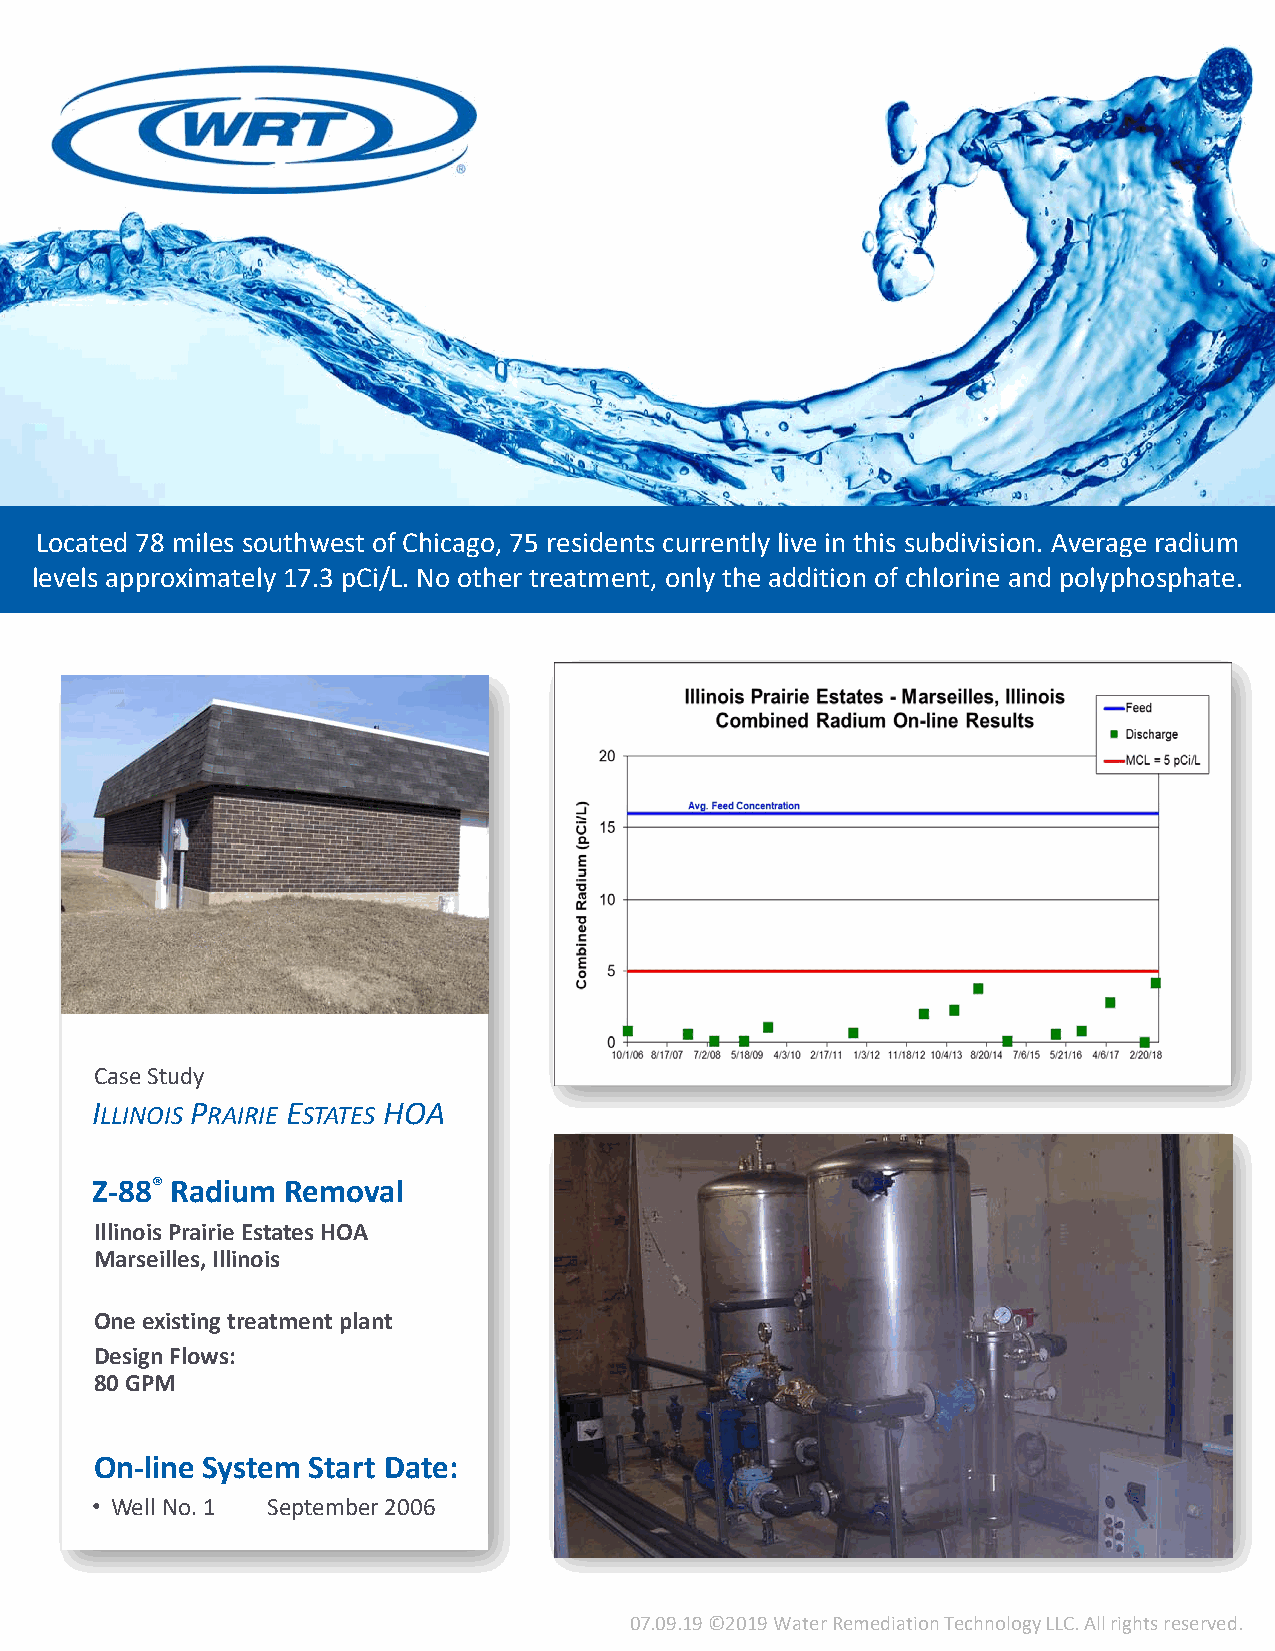
Located 78 miles southwest of Chicago, 75 residents currently live in this subdivision. Average radium
 levels approximately 17.3 pCi/L. No other treatment, only the addition of chlorine and polyphosphate.
 Case Study
 ILLINOIS PRAIRIE ESTATES HOA
 Z‐88® Radium Removal
 Illinois Prairie Estates HOA
 Marseilles, Illinois
 One existing treatment plant
 Design Flows:
 80GPM
 On‐line System Start Date:
 • Well No. 1 September 2006
 07.09.19 ©2019 Water Remediation Technology LLC. All rights reserved.